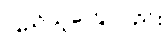
ပြည်သူတွေလည်း